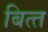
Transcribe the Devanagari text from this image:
बित्‍त